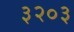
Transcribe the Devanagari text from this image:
३२०३